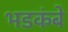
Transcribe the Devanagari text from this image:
भडकंबे